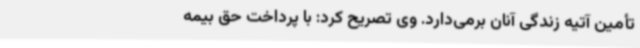
تأمین آتیه زندگی‌ آنان برمی‌دارد. وی تصریح کرد: با پرداخت حق بیمه